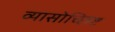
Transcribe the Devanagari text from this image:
व्यासोच्छिष्ट